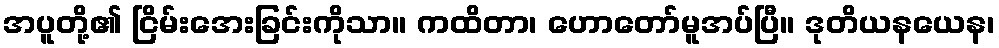
အပူတို့၏ ငြိမ်းအေးခြင်းကိုသာ။ ကထိတာ၊ ဟောတော်မူအပ်ပြီ။ ဒုတိယနယေန၊